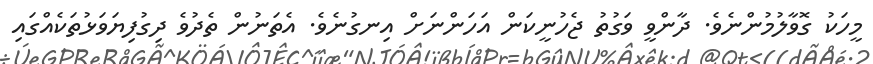
މީހަކު ގޮވާލުމުންނެވެ. ދާންވީ ވަގުތު ޖެހުނީކަން އަހަންނަށް އިނގުނެވެ. އެތަނުން ތެދުވެ ދިގުފިޔަވަޅުތަކެއްގައި